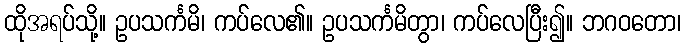
ထိုအရပ်သို့။ ဥပသင်္ကမိ၊ ကပ်လေ၏။ ဥပသင်္ကမိတွာ၊ ကပ်လေပြီး၍။ ဘဂဝတော၊